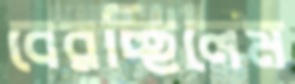
বেরচ্ছিলেম